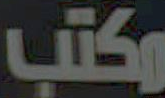
وكتب